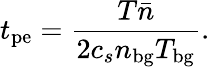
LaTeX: t_{\mathrm{pe}}=\frac{T\bar{n}}{2c_{s}n_{\mathrm{bg}}T_{\mathrm{bg}}}.